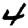
Digit: 4